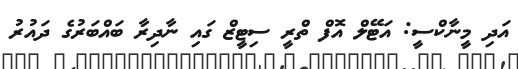
އަދި މީނާކްސީ: އަޓޭލް އޮފް ތްރީ ސިޓީޒް ގައި ނާދިރާ ބައްބަރުގެ ދައުރު